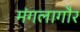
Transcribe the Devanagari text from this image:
मंगलागौर